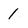
Character: 1